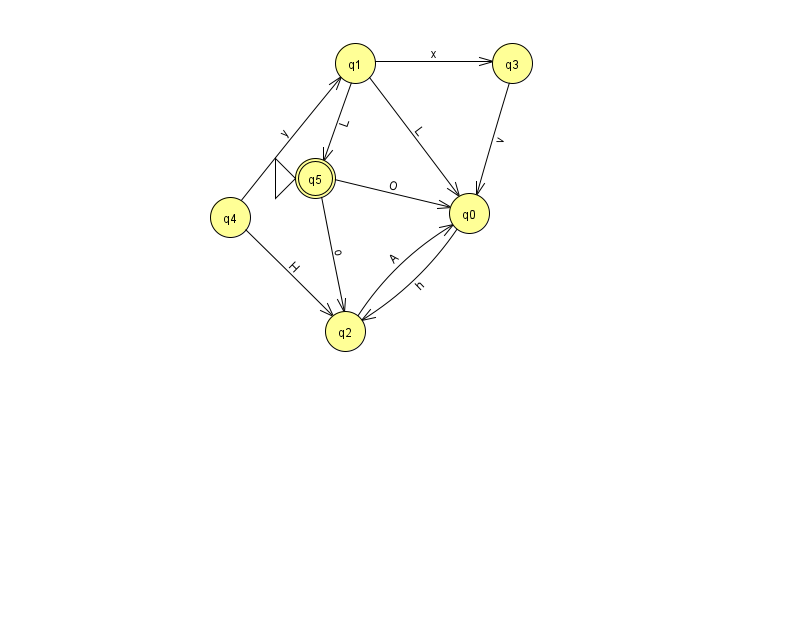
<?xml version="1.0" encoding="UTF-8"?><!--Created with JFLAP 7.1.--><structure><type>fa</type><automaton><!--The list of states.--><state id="0" name="q0"><x>469.0</x><y>200.0</y></state><state id="1" name="q1"><x>355.0</x><y>50.0</y></state><state id="2" name="q2"><x>345.0</x><y>318.0</y></state><state id="3" name="q3"><x>512.0</x><y>50.0</y></state><state id="4" name="q4"><x>230.0</x><y>204.0</y></state><state id="5" name="q5"><x>315.0</x><y>165.0</y><initial/><final/></state><!--The list of transitions.--><transition><from>1</from><to>5</to><read>L</read></transition><transition><from>4</from><to>1</to><read>y</read></transition><transition><from>1</from><to>3</to><read>x</read></transition><transition><from>1</from><to>0</to><read>L</read></transition><transition><from>2</from><to>0</to><read>A</read></transition><transition><from>3</from><to>0</to><read>v</read></transition><transition><from>5</from><to>0</to><read>O</read></transition><transition><from>0</from><to>2</to><read>h</read></transition><transition><from>4</from><to>2</to><read>H</read></transition><transition><from>5</from><to>2</to><read>o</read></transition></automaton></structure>